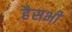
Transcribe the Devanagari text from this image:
हैसभी